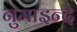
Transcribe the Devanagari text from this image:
नुमाइन्दे